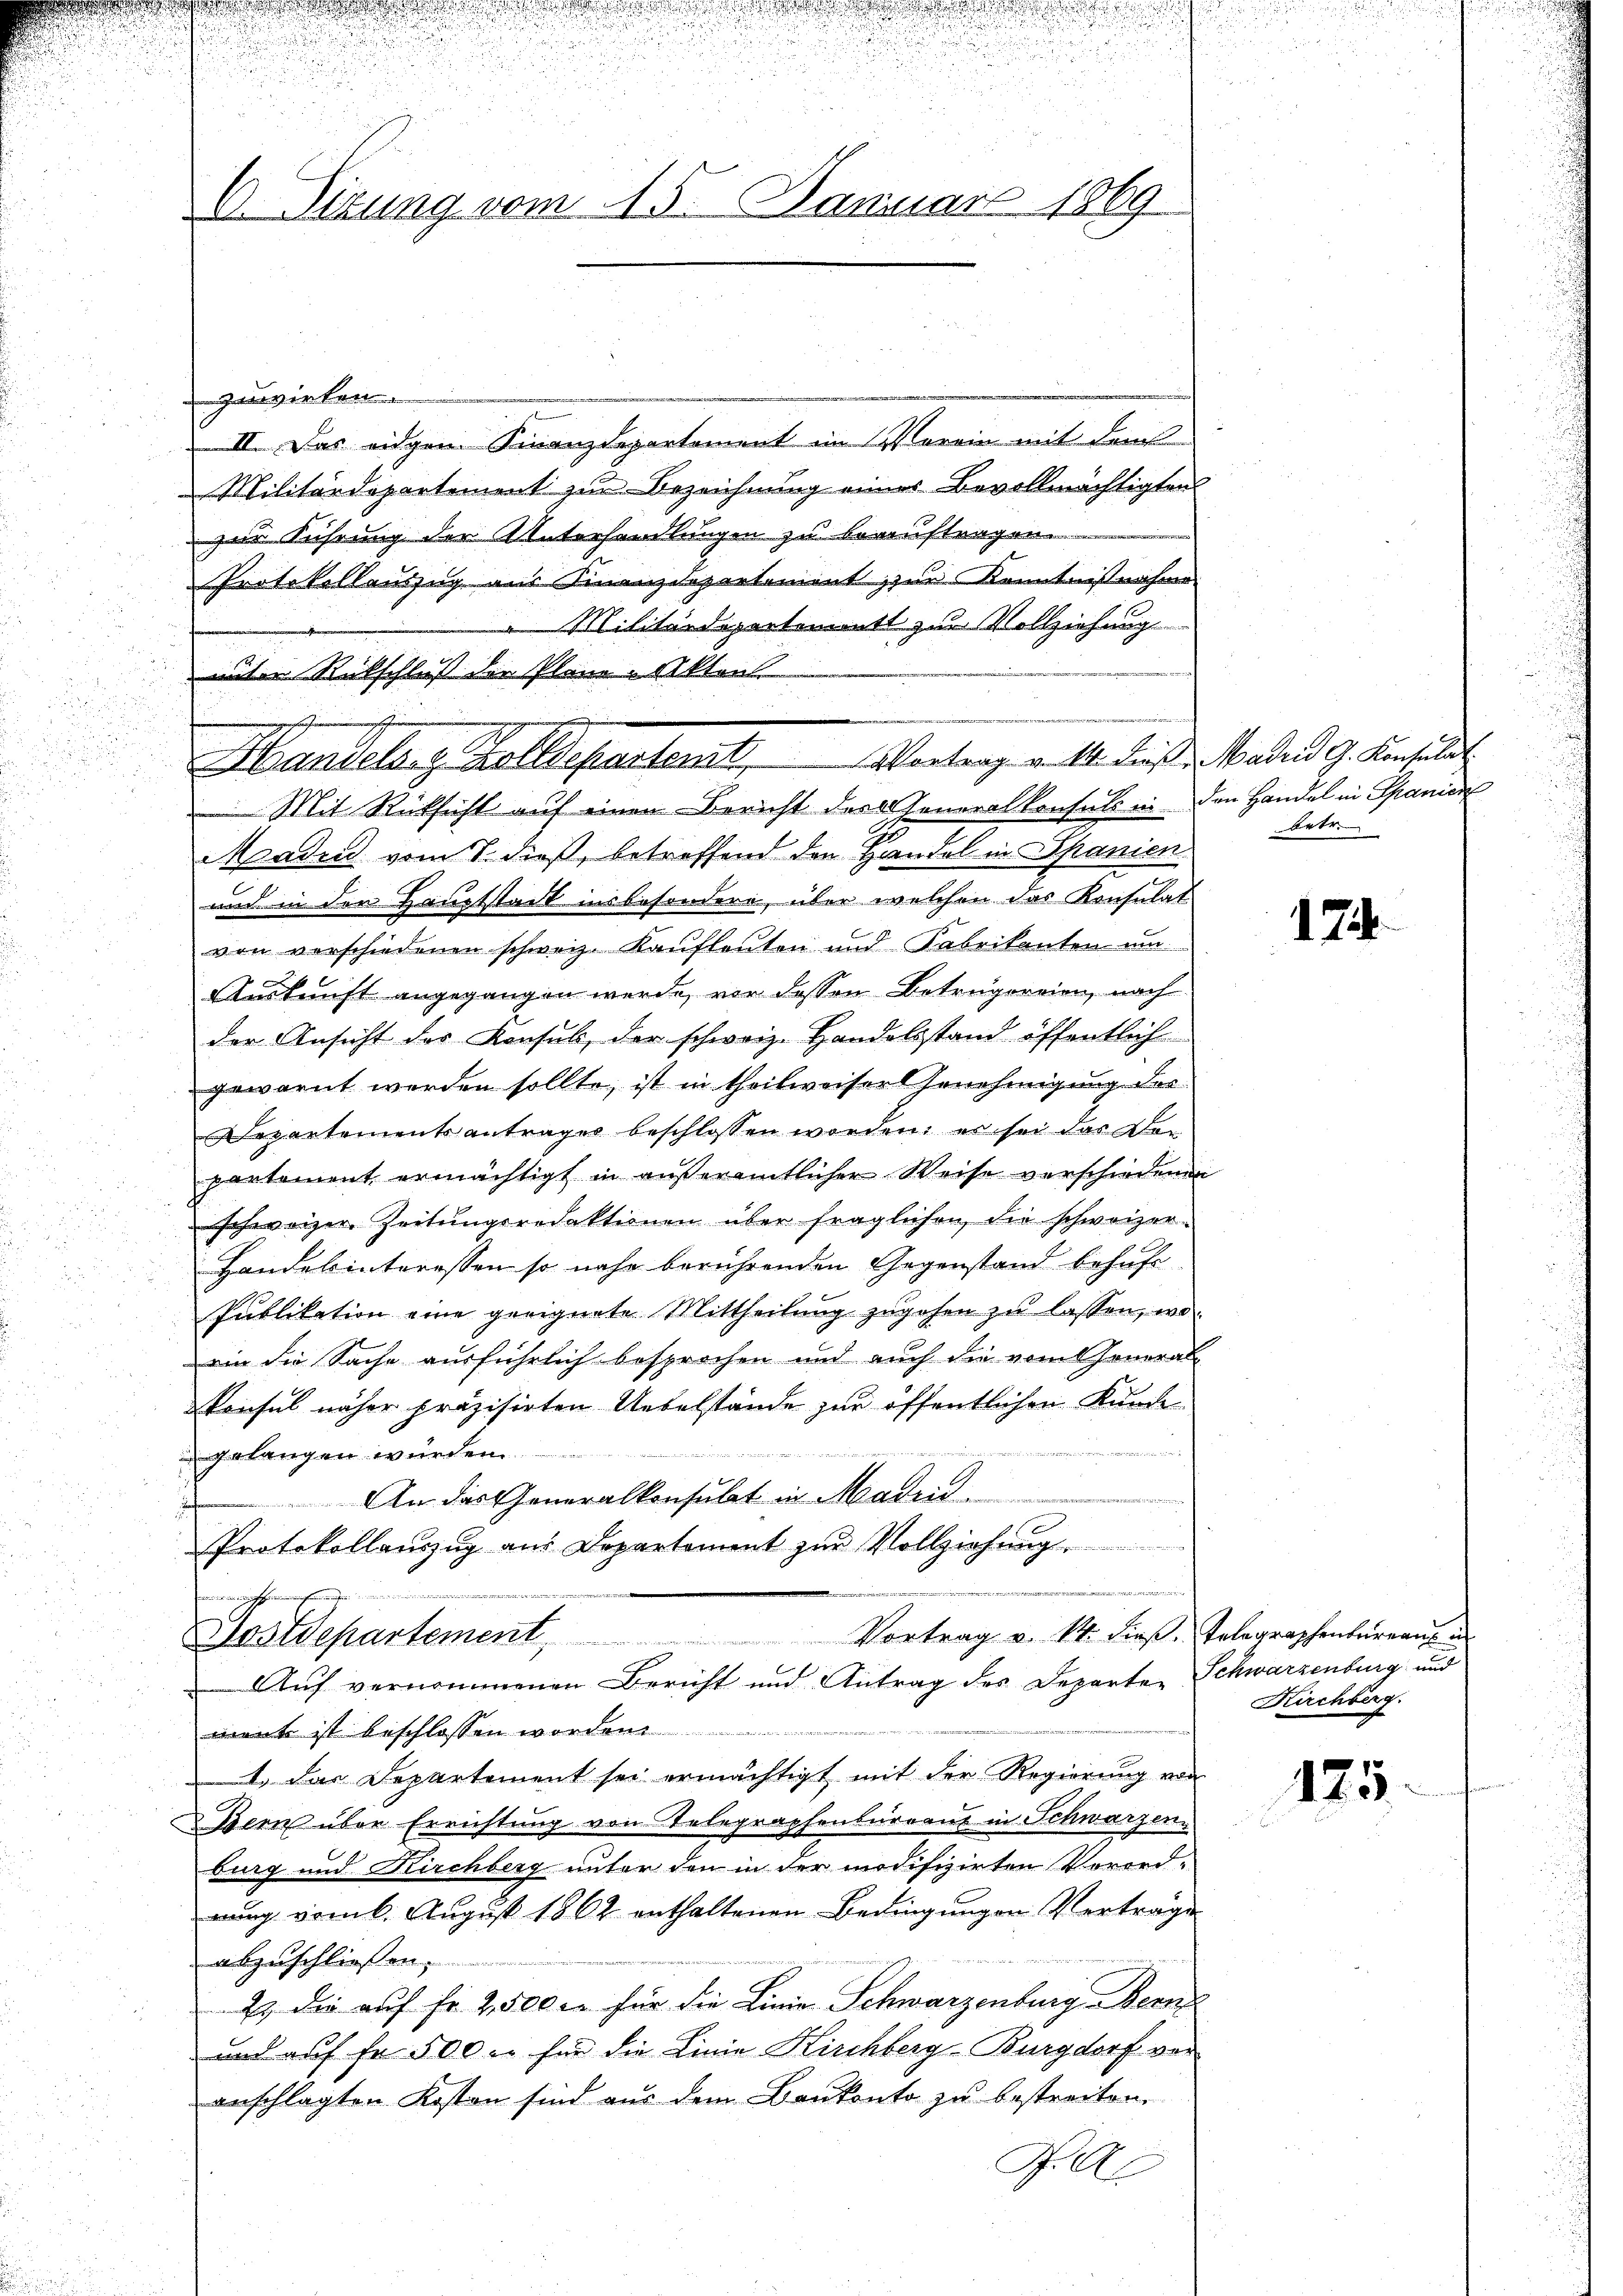
2
.
C. Sizung vom 15. Januar 1869

zuwirken.
II. Das eidgen. Finanzdepartement im Verein mit dem
Militärdepartement zur Bezeichnung eines Bevollmächtigten
zur Führung der Unterhandlungen zu beauftragen.
Protokollauszug aus Finanzdepartement zur Kenntnißnahme
Militärdepartinett zur Vollziehung
unter Rückschluß der Plane Akten.
Handeln, Zolldepartamt
Maden vom 8. dieß, betreffend den Handel in Spanien
und in der Hauptstadt insbesondere, über welchen das Konsulat
von verschiedenen schweiz. Kaufleuten und Fabrikanten um
Auskunft angegangen werde, vor dessen Betrugereien, nach
der Ansicht des Konsul, der schweiz. Handelsstand öffentlich
gewarnt werden sollte, ist in theilweiser Genehmigung der
Departementsantrages beschlossen worden, es sei das De-
partement ermächtigt in außeramtlicher Weise verschiedenen
schweizer Zeitŭngsredaktionen über fraglichen die schweizer-
Handelinteressen so nahe berührenden Gegenstand behufe
Publikation eine geeignete Mittheilung zugehen zu lassen, worin die Sache ausführlich besprochen und auch die vom General-
Konsul näher präzisirten Uebelstände zur öffentlichen Kunde
imenten de
gelangen würden
An das Generalkonsulat in Madin
Protokollauszug aus Departement zŭr Vollziehŭng

tnehmen

Vortrag v. M. dieß, Madrid G. Konsulat
Mit Rücksicht auf einen Bericht der Generalkonsuls in den Handel in Spanier

Aastdepartement Vortrag v. 14. dieß. Telegraphenbüreaŭs u
Auf vernommenen Bericht und Antrag des Departen Schwarzenburg und

mente ist beschlossen worden.
1. Das Departement sei ermächtigt mit der Regierung von
Bern über Errichtung von Telegraphenbureaus in Schwarzen
burg und Kirchberg unter den in der modifizirten Verordrung vom 6. August 1862 enthaltenen Bedingungen Vertrage
abzuschliessen.
2) die auf fr. 2500 c. für die Linie Schwarzenburg Bern
und auf fr. 500 c. für die Linie Kirchberg-Burgdorf vor
anschlagten Kosten sind aus dem Baukonto zu bestreiten.
P. A

Artr.

174.

Kirchberg.

125.